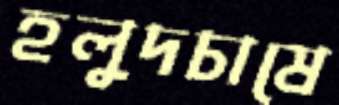
হলুদচাষে